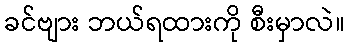
ခင်ဗျား ဘယ်ရထားကို စီးမှာလဲ။